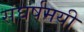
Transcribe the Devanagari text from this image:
संघर्षमयी